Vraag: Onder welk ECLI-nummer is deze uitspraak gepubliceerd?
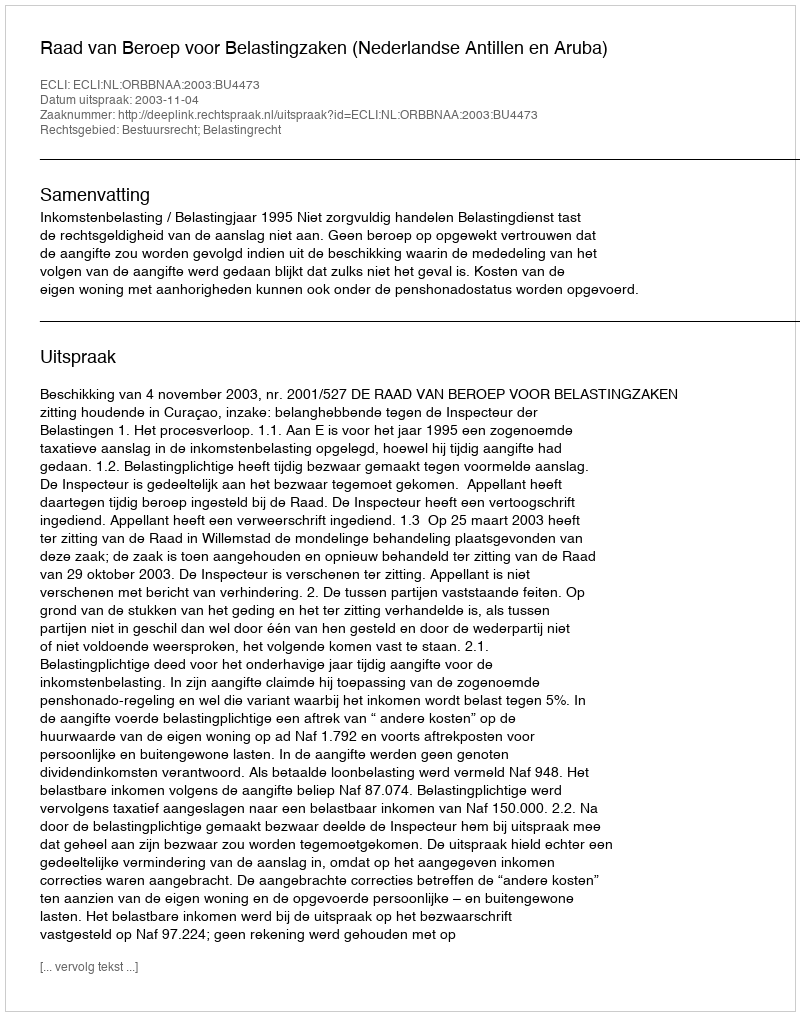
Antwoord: ECLI:NL:ORBBNAA:2003:BU4473